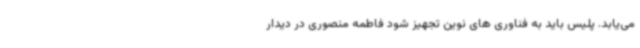
می‌یابد. پلیس باید به فناوری های نوین تجهیز شود فاطمه منصوری در دیدار